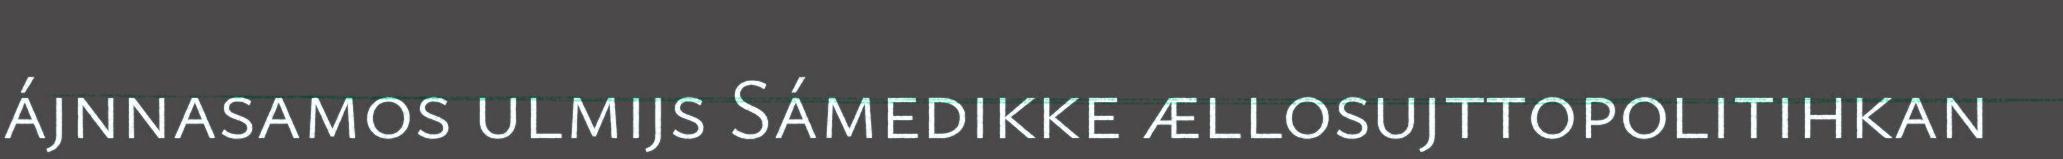
ájnnasamos ulmijs Sámedikke ællosujttopolitihkan